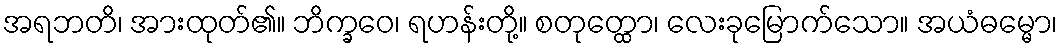
အရဘတိ၊ အားထုတ်၏။ ဘိက္ခဝေ၊ ရဟန်းတို့။ စတုတ္ထော၊ လေးခုမြောက်သော။ အယံဓမ္မော၊